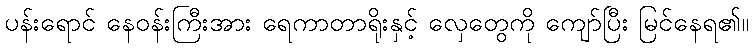
ပန်းရောင် နေဝန်းကြီးအား ရေကာတာရိုးနှင့် လှေတွေကို ကျော်ပြီး မြင်နေရ၏။